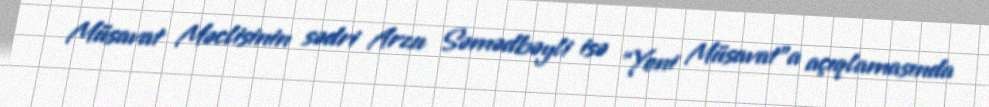
Müsavat Məclisinin sədri Arzu Səmədbəyli isə “Yeni Müsavat”a açıqlamasında